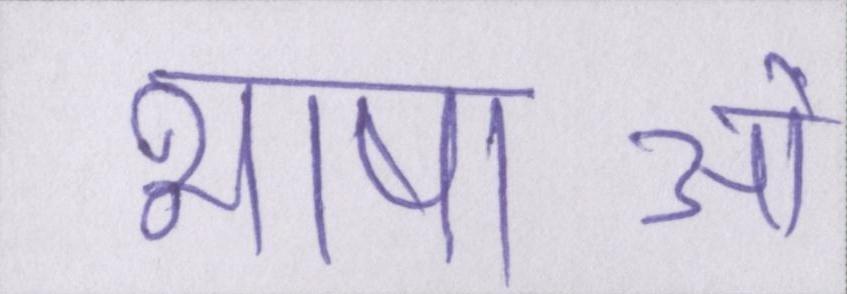
भाषाओँ